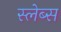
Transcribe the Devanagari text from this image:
स्लेब्स